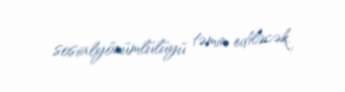
sosialyönümlülüyü təmin ediləcək.